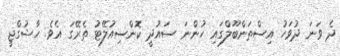
ދެ ވަނަ ދުވަހު އިސްތަންބޫލްގައި ހުންނަ ސައުދީ ކޮންސިއުލޭޓު ތެރޭގަ އެވެ. ހާޝުގްޖީ